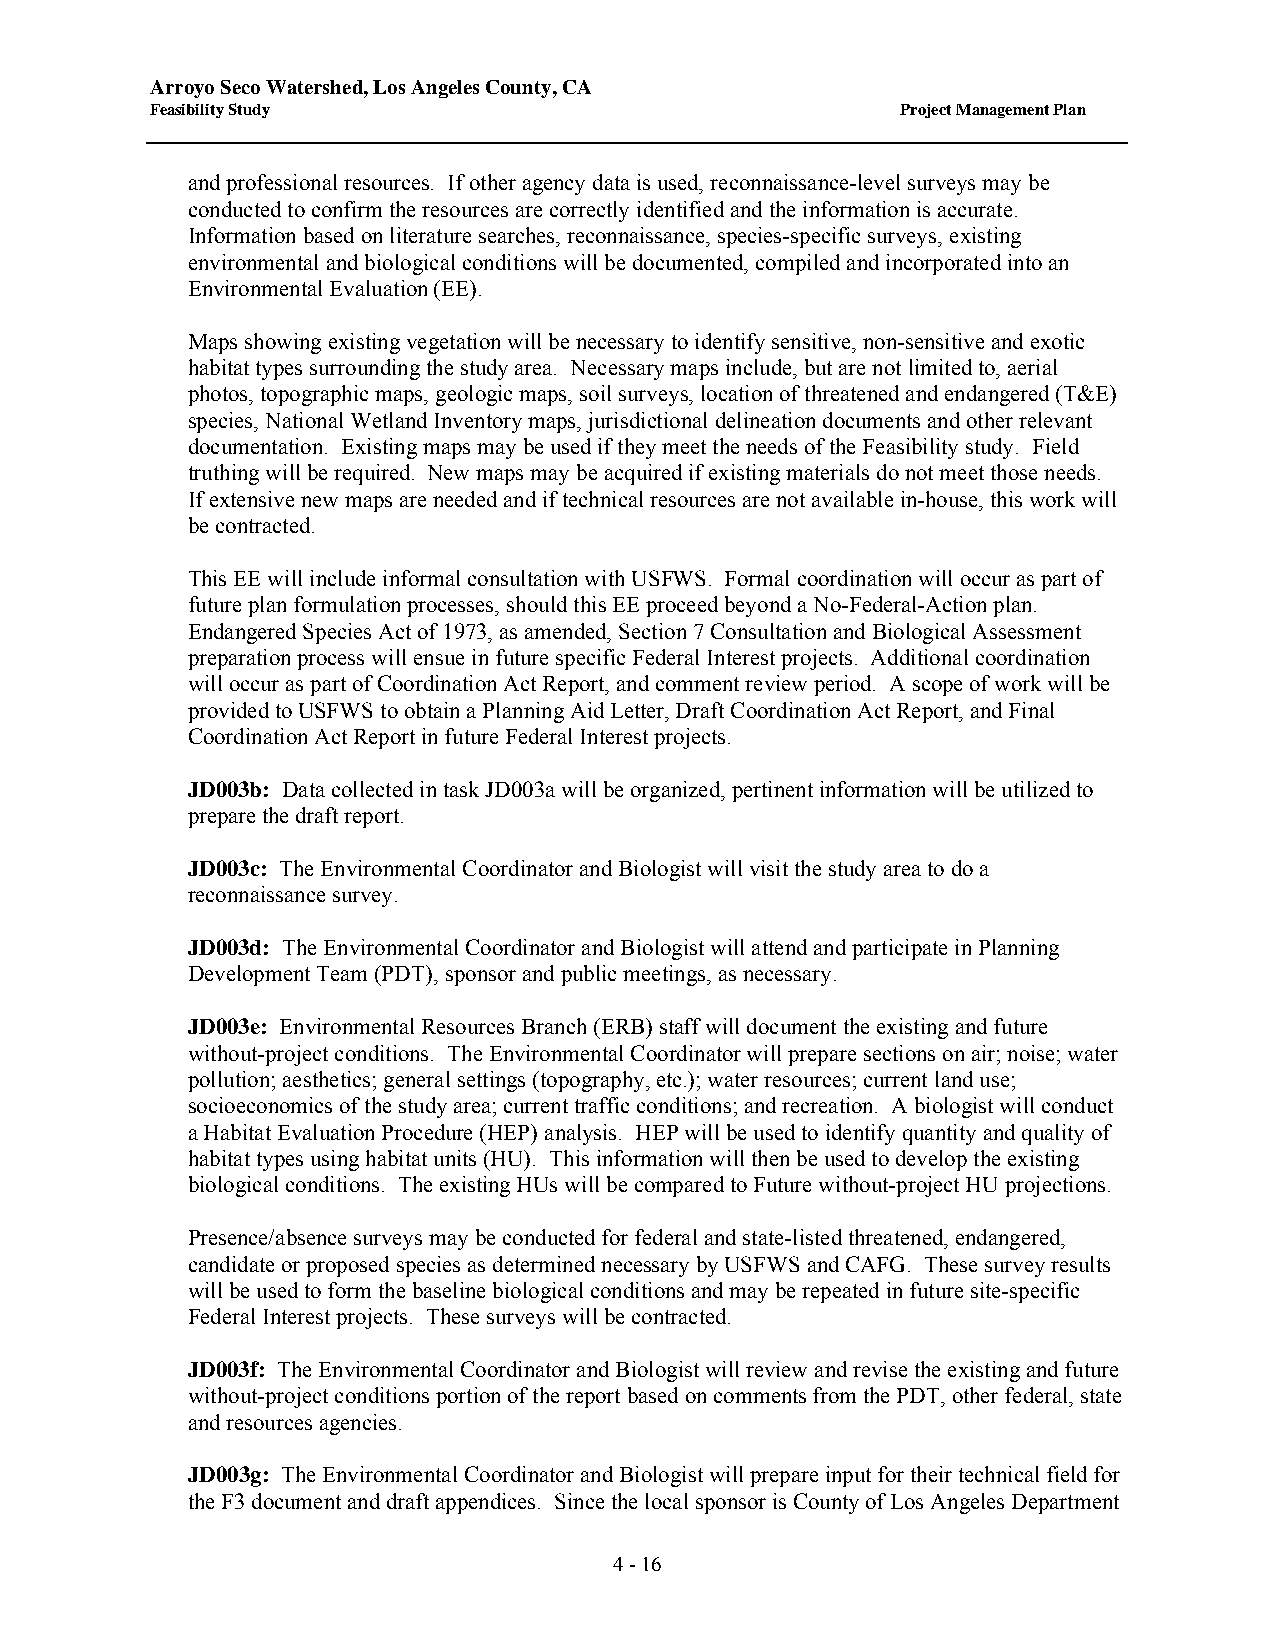
Arroyo Seco Watershed, Los Angeles County, CA
 Feasibility Study                                 Project Management Plan
 and professional resources. If other agency data is used, reconnaissance-level surveys may be
 conducted to confirm the resources are correctly identified and the information is accurate.
 Information based on literature searches, reconnaissance, species-specific surveys, existing
 environmental and biological conditions will be documented, compiled and incorporated into an
 Environmental Evaluation (EE).
 Maps showing existing vegetation will be necessary to identify sensitive, non-sensitive and exotic
 habitat types surrounding the study area. Necessary maps include, but are not limited to, aerial
 photos, topographic maps, geologic maps, soil surveys, location of threatened and endangered (T&E)
 species, National Wetland Inventory maps, jurisdictional delineation documents and other relevant
 documentation. Existing maps may be used if they meet the needs of the Feasibility study. Field
 truthing will be required. New maps may be acquired if existing materials do not meet those needs.
 If extensive new maps are needed and if technical resources are not available in-house, this work will
 be contracted.
 This EE will include informal consultation with USFWS. Formal coordination will occur as part of
 future plan formulation processes, should this EE proceed beyond a No-Federal-Action plan.
 Endangered Species Act of 1973, as amended, Section 7 Consultation and Biological Assessment
 preparation process will ensue in future specific Federal Interest projects. Additional coordination
 will occur as part of Coordination Act Report, and comment review period. A scope of work will be
 provided to USFWS to obtain a Planning Aid Letter, Draft Coordination Act Report, and Final
 Coordination Act Report in future Federal Interest projects.
 JD003b: Data collected in task JD003a will be organized, pertinent information will be utilized to
 prepare the draft report.
 JD003c: The Environmental Coordinator and Biologist will visit the study area to do a
 reconnaissance survey.
 JD003d: The Environmental Coordinator and Biologist will attend and participate in Planning
 Development Team (PDT), sponsor and public meetings, as necessary.
 JD003e: Environmental Resources Branch (ERB) staff will document the existing and future
 without-project conditions. The Environmental Coordinator will prepare sections on air; noise; water
 pollution; aesthetics; general settings (topography, etc.); water resources; current land use;
 socioeconomics of the study area; current traffic conditions; and recreation. A biologist will conduct
 a Habitat Evaluation Procedure (HEP) analysis. HEP will be used to identify quantity and quality of
 habitat types using habitat units (HU). This information will then be used to develop the existing
 biological conditions. The existing HUs will be compared to Future without-project HU projections.
 Presence/absence surveys may be conducted for federal and state-listed threatened, endangered,
 candidate or proposed species as determined necessary by USFWS and CAFG. These survey results
 will be used to form the baseline biological conditions and may be repeated in future site-specific
 Federal Interest projects. These surveys will be contracted.
 JD003f: The Environmental Coordinator and Biologist will review and revise the existing and future
 without-project conditions portion of the report based on comments from the PDT, other federal, state
 and resources agencies.
 JD003g: The Environmental Coordinator and Biologist will prepare input for their technical field for
 the F3 document and draft appendices. Since the local sponsor is County of Los Angeles Department
 4 - 16